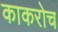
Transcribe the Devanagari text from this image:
काकरोच